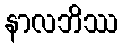
နာလဘိဿ